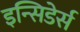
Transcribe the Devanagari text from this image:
इन्सिडेर्स